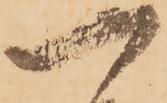
一